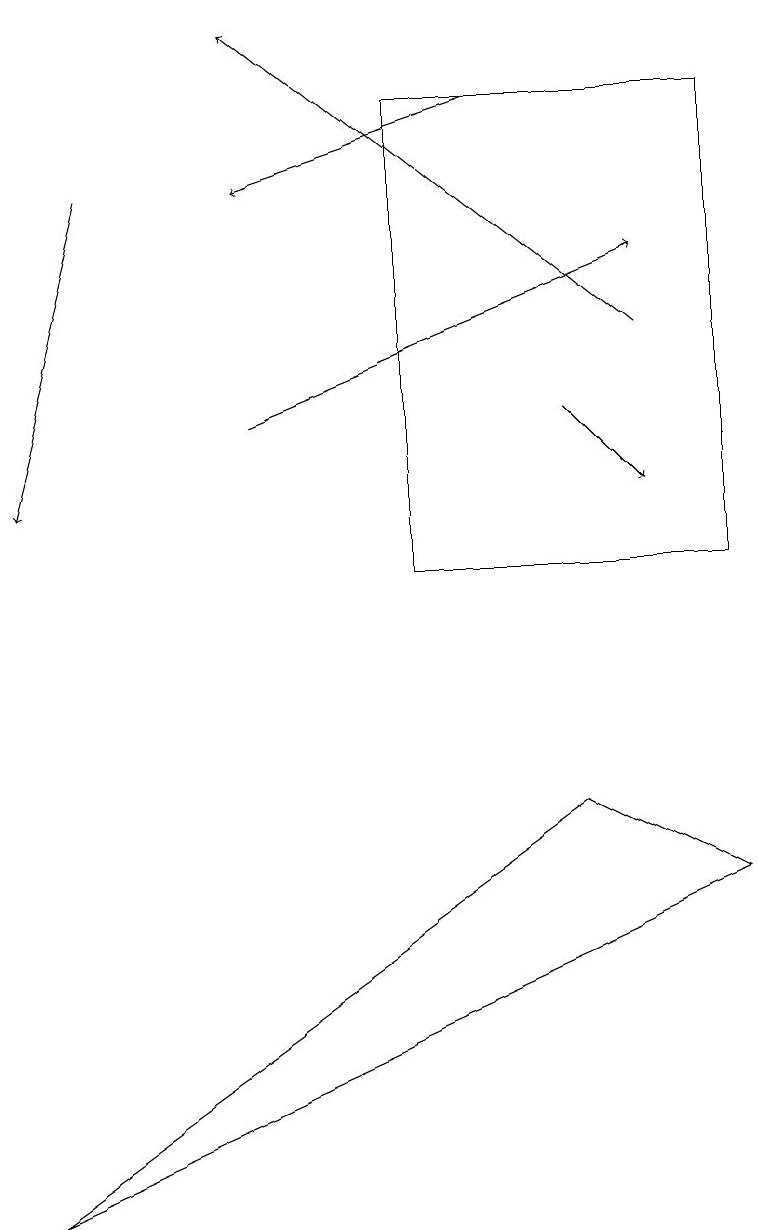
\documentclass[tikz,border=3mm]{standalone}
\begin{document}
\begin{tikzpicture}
\draw (0,3) -- (9,7) -- (7,8) -- cycle;
\draw[->] (8,14) -- (3,18);
\draw (9,17) rectangle (5,11);
\draw[->] (6,17) -- (3,16);
\draw[->] (1,16) -- (0,12);
\draw[->] (7,13) -- (8,12);
\draw[->] (3,13) -- (8,15);
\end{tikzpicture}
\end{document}